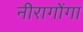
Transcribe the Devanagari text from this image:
नीरागोंगा